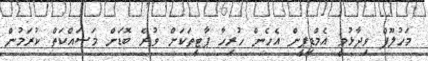
މަހުލޫފް ވިދާޅުވީ އެމްޑީޕީން އެހެން ހުރިހާ ޕާޓީތަކަށް ވުރެ ބޮޑަށް މަސައްކަތް ކުރަމުން